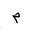
Letter: _mim